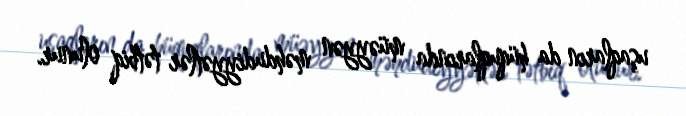
uşaqların da hüquqlarında müəyyən məhdudiyyətlər tətbiq olunur.